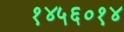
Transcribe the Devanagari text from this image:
१४५६०१४